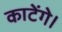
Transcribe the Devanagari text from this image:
काटेंगे।